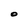
Character: O